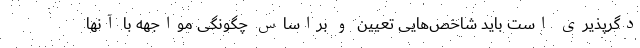
دگرپذیری است باید شاخص‌هایی تعیین و براساس چگونگی مواجهه با آنها